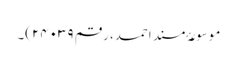
موسوعۂ مسند احمد، رقم ۲۴۰۳۹)۔